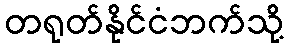
တရုတ်နိုင်ငံဘက်သို့